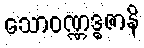
သောဝဏ္ဏဒ္ဓဇာနိ